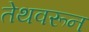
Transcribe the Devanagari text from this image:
तेथवरून